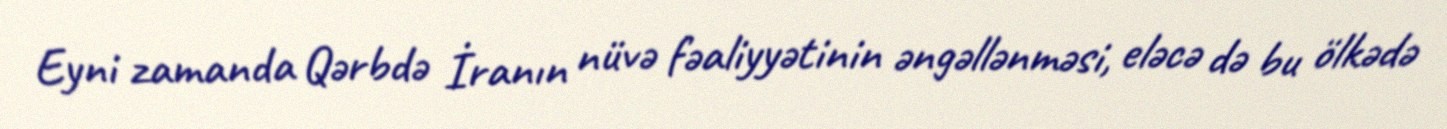
Eyni zamanda Qərbdə İranın nüvə fəaliyyətinin əngəllənməsi, eləcə də bu ölkədə